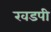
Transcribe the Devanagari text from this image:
खडपी